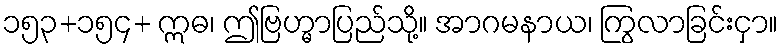
၁၅၃+၁၅၄+ ဣဓ၊ ဤဗြဟ္မာပြည်သို့။ အာဂမနာယ၊ ကြွလာခြင်းငှာ။